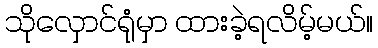
သိုလှောင်ရုံမှာ ထားခဲ့ရလိမ့်မယ်။